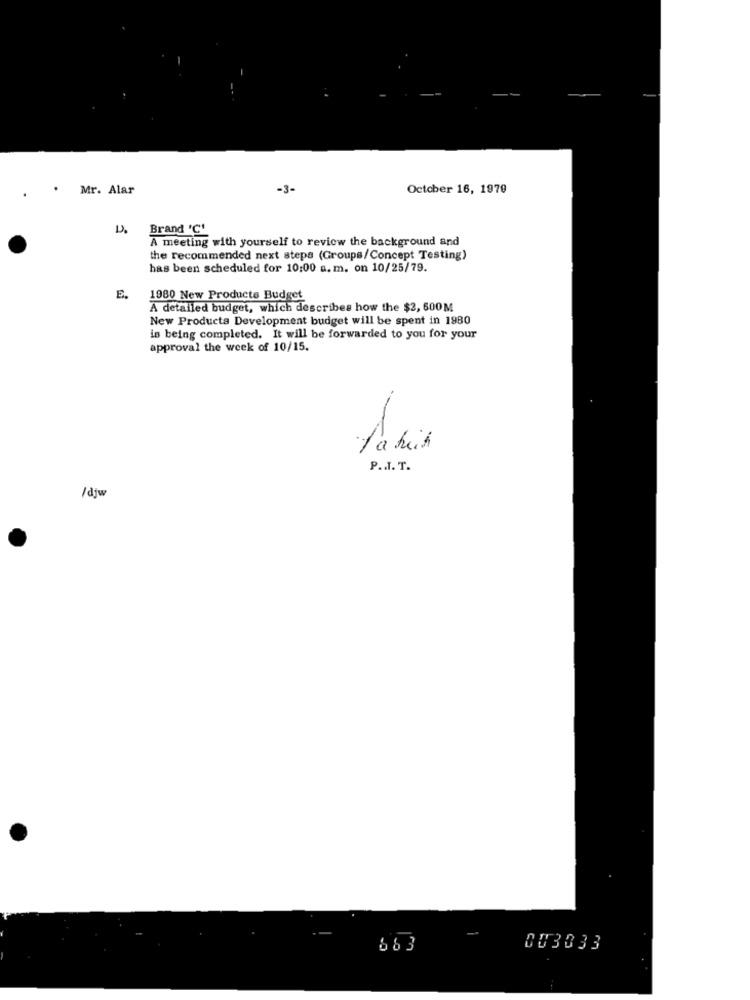
. . Mr. Alar
-3-
October 16, 1970
D.
Brand 'C'
A meeting with yourself to review the background and
the recommended next steps (Groups/Concept Testing)
has been scheduled for 10:00 a. m. on 10/25/79.
E.
1980 New Products Budget
A detailed budget, which describes how the $2, 600M
New Products Development budget will be spent in 1980
is being completed. It will be forwarded to you for your
approval the week of 10/15.
P .. I. T.
/ djw
663
003033